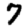
Digit: 7